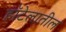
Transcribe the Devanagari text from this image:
हॉटेलातील